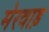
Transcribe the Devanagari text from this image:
मेरवाड़